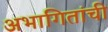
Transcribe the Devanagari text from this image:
अभागितांची